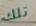
تلك